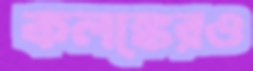
কলঙ্কেরও